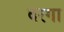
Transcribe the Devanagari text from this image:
दरगा